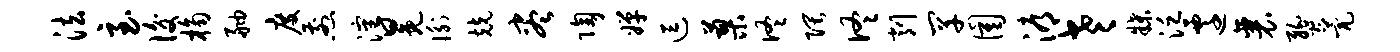
法至后桷舳度煎沈冕衡兢尽陶婵逗蓼佟隈佟削罕圉溽老牒泛迁襄燹甍